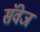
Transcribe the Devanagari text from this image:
सॅवेज